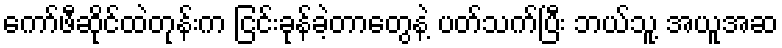
ကော်ဖီဆိုင်ထဲတုန်းက ငြင်းခုန်ခဲ့တာတွေနဲ့ ပတ်သက်ပြီး ဘယ်သူ့ အယူအဆ